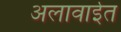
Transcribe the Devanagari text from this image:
अलावाईत